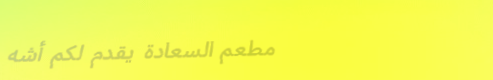
مطعم السعادة يقدم لكم أشه